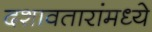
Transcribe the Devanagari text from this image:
दशावतारांमध्ये